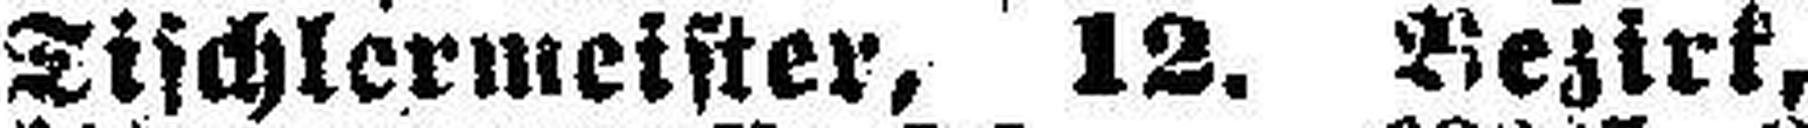
Tischlermeister, 12. Bezirk,